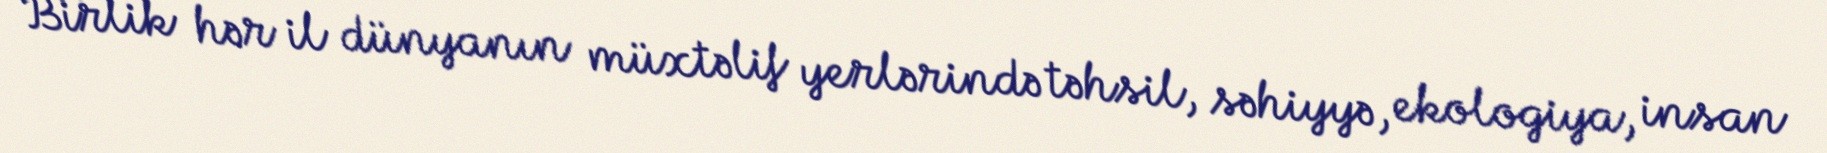
Birlik hər il dünyanın müxtəlif yerlərində təhsil, səhiyyə, ekologiya, insan